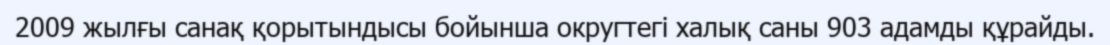
2009 жылғы санақ қорытындысы бойынша округтегі халық саны 903 адамды құрайды.